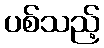
ပစ်သည့်